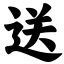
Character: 送